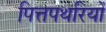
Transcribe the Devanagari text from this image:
पित्तपथरियों